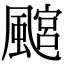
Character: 𩘎